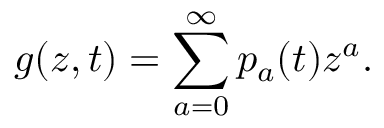
g ( z , t ) = \sum _ { a = 0 } ^ { \infty } p _ { a } ( t ) z ^ { a } .